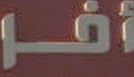
أفر